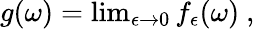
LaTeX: \begin{array}{r}{g(\omega)=\operatorname*{lim}_{\epsilon\to 0}f_{\epsilon}(\omega)\ ,}\end{array}